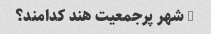
5 شهر پرجمعیت هند کدامند؟